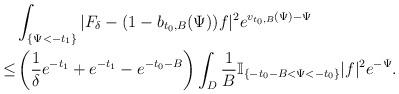
LaTeX: \begin{align*}&\int_{\{\Psi<-t_1\}}|F_{\delta}-(1-b_{t_0,B}(\Psi))f|^2e^{v_{t_0,B}(\Psi)-\Psi}\\\le&\left(\frac{1}{\delta}e^{-t_1}+e^{-t_1}-e^{-t_0-B} \right)\int_D\frac{1}{B}\mathbb{I}_{\{-t_0-B<\Psi<-t_0\}}|f|^2e^{-\Psi}.\end{align*}